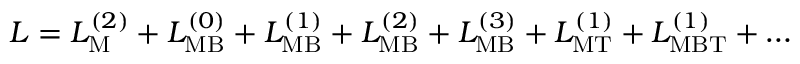
{ \cal L } = { \cal L } _ { \mathrm { M } } ^ { ( 2 ) } + { \cal L } _ { \mathrm { M B } } ^ { ( 0 ) } + { \cal L } _ { \mathrm { M B } } ^ { ( 1 ) } + { \cal L } _ { \mathrm { M B } } ^ { ( 2 ) } + { \cal L } _ { \mathrm { M B } } ^ { ( 3 ) } + { \cal L } _ { \mathrm { M T } } ^ { ( 1 ) } + { \cal L } _ { \mathrm { M B T } } ^ { ( 1 ) } + \ldots